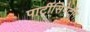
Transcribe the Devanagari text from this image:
पार्टीसिपेटींग